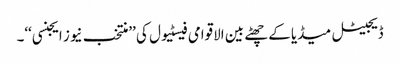
ڈیجیٹل میڈیا کے چھٹے بین الاقوامی فیسٹیول کی ’’منتخب نیوز ایجنسی‘‘۔